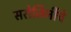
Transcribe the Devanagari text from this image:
सरोजिनींचे